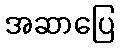
အဆာပြေ